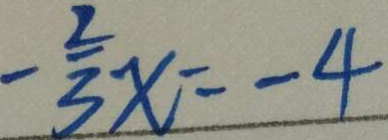
- \frac { 2 } { 3 } x = - 4